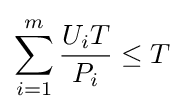
\sum _{i=1}^{m}{\frac {U_{i}T}{P_{i}}}\leq T